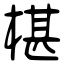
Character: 椹